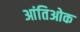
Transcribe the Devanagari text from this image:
आंतिओक